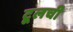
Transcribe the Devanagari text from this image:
टूलची